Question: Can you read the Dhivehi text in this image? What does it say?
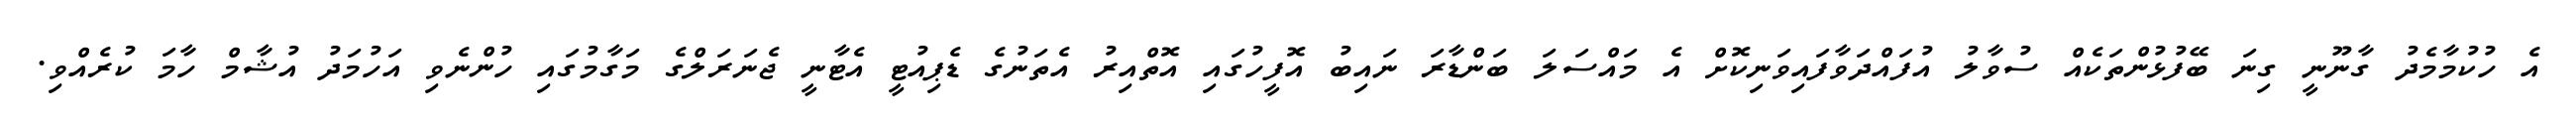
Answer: އެ ހުކުމާމެދު ގާނޫނީ ގިނަ ބޭފުޅުންތަކެއް ސުވާލު އުފައްދަވާފައިވަނިކޮށް އެ މައްސަލަ ބަންޑާރަ ނައިބު އޮފީހުގައި އޮތްއިރު އެތަނުގެ ޑެޕިއުޓީ އެޓާނީ ޖެނަރަލްގެ މަގާމުގައި ހުންނެވި އަހުމަދު އުޝާމް ހާމަ ކުރެއްވި.